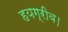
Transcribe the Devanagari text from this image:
हयग्रीव।